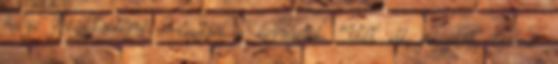
helyi Rózsadombként emlegették a környéket. “Volt itt játszótér, kiserdő.